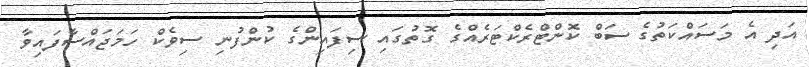
އަދި އެ މަސައްކަތުގެ ސަބް ކޮންޓްރެކްޓަރެއްގެ ގޮތުގައި ސިފައިންގެ ކުންފުނި ސިވެކް ހަމަޖައްސާފައިވާ